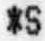
*S